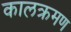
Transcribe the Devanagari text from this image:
कालक्रमण